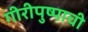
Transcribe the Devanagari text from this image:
गीरीपुष्पाची